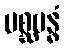
မစ္ဆဗန္ဓံ